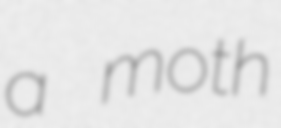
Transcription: a moth